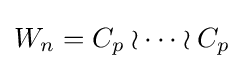
W_{n}=C_{p}\wr \cdots \wr C_{p}